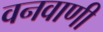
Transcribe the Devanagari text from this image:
वनवाणी